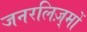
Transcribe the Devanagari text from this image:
जनरलिज़्मों